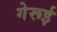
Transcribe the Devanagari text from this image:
गेरूई